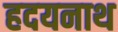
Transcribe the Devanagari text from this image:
हदयनाथ